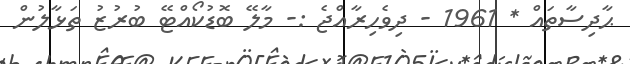
ޙާދިސާތައް * 1961 - ދިވެހިރާއްޖެ :- މާލޭ ބޮޑުކޯއްޓޭ ބުރުޒު ތަޅާލުން